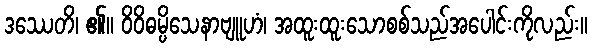
ဒဿေတိ၊ ၏။ ဝိဝိဓမ္ပိသေနာဗျူဟံ၊ အထူးထူးသောစစ်သည်အပေါင်းကိုလည်း။